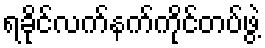
ရခိုင်လက်နက်ကိုင်တပ်ဖွဲ့